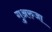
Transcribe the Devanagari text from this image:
गुअरुजा